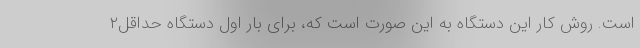
است. روش کار این دستگاه به این صورت است که، برای بار اول دستگاه حداقل۲